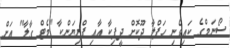
ސޯނަމްގެ ކައިވެނި ހަފްލާ ދޫކޮށް ދީޕިކާ އާއި ޕްރިޔަންކާ "މެޓް ގާލާ" އަށް